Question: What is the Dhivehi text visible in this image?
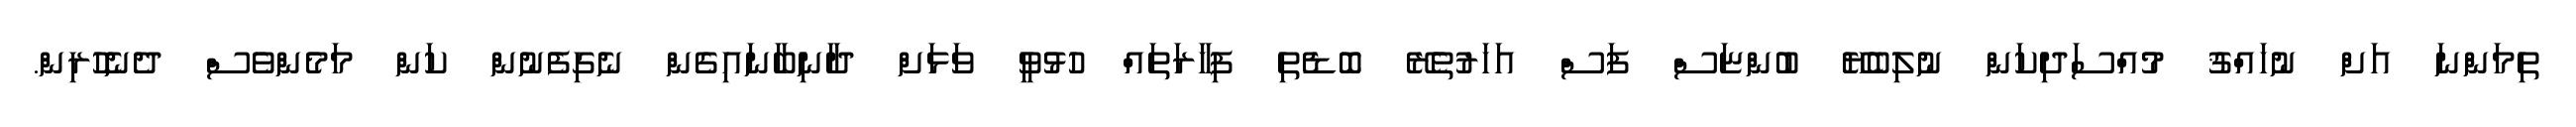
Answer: ތިމަންނަ އަށް ނުހައްޤު މުއްސަދިކަން ނުލިބެޔޭ ބުންޏަސް ފަސް އަހަރުތެރޭ ބޮޑެތި ފިހާރަތައް ހުޅުވީ ވަޅަށް ދާނިބާނައިގެން ނެގިފެނުން ކަން މަމެންވެސް ދެނެހުރިން.